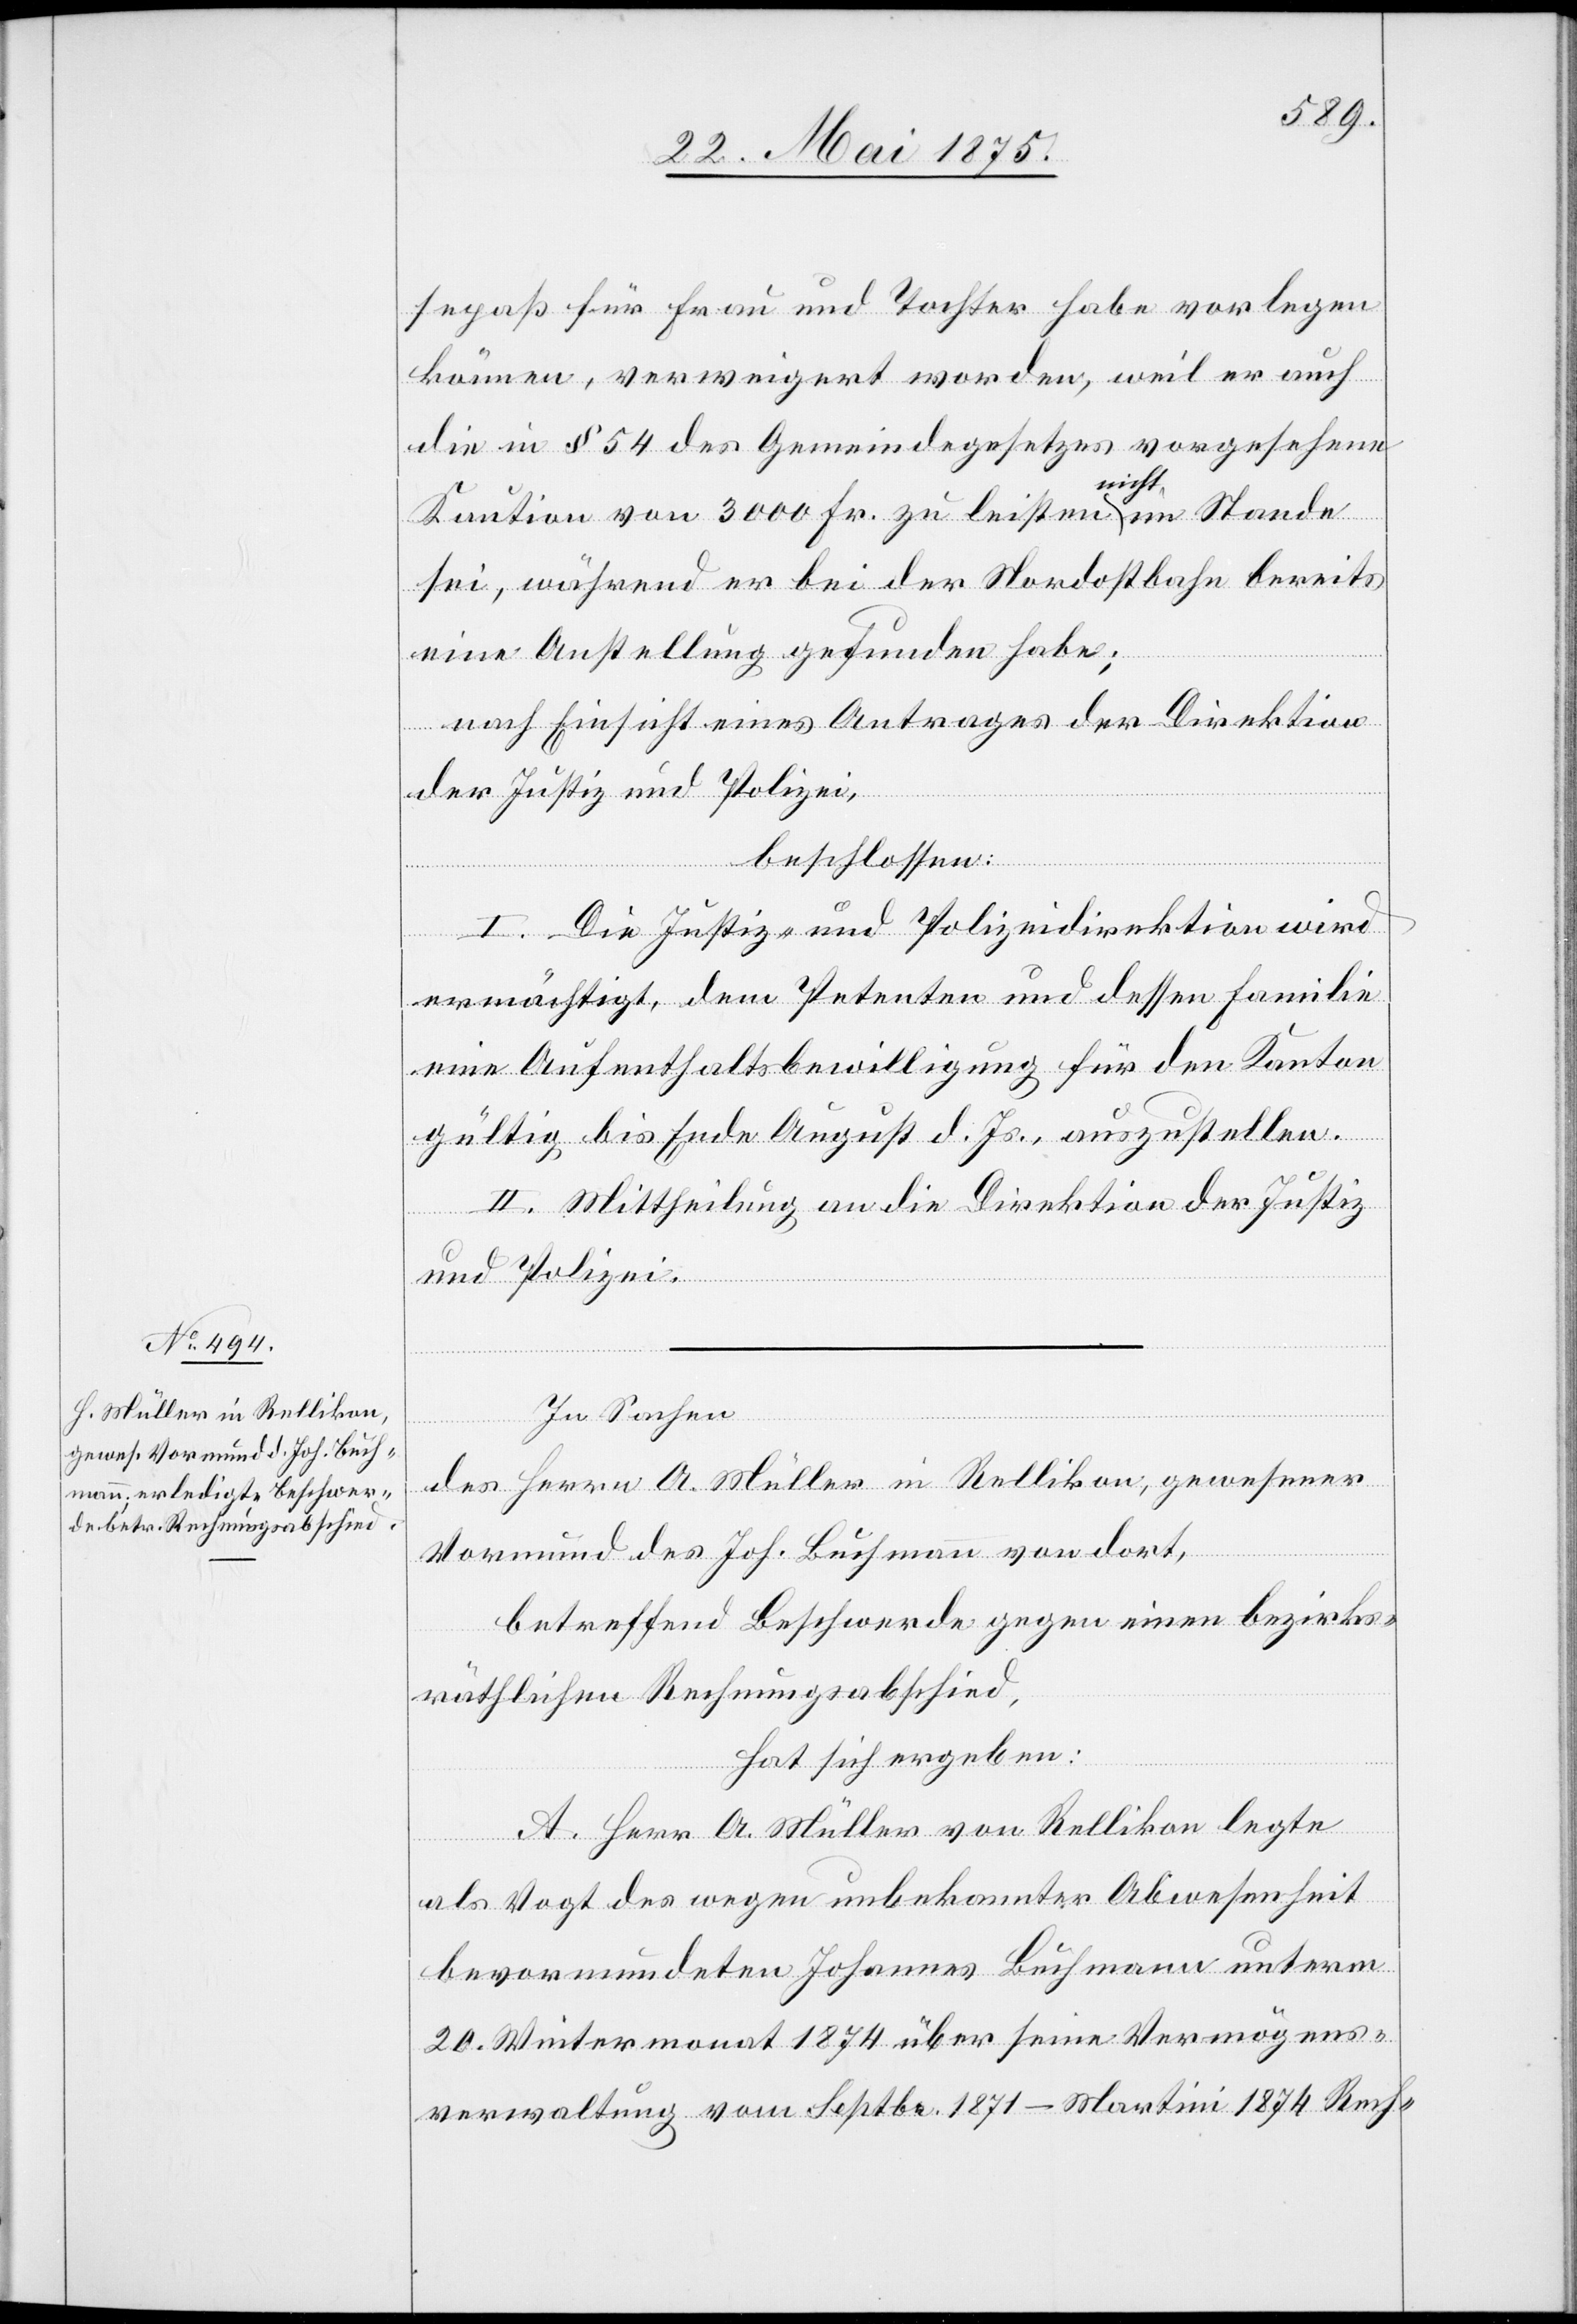
sepass für Frau und Tochter habe vorlegen
können, verweigert worden, weil er auch
die in § 54 des Gemeindegesetzes vorgesehene
Kaution von 3000 Fr. zu leisten a-nicht-a im Stande
sei, während er bei der Nordostbahn bereits
eine Anstellung gefunden habe;
nach Einsicht eines Antrages der Direktion
der Justiz und Polizei,
beschlossen:
I. Die Justiz- und Polizeidirektion wird
ermächtigt, dem Petenten und dessen Familie
eine Aufenthaltsbewilligung für den Kanton
gültig bis Ende August d. Js., auszustellen.
II. Mittheilung an die Direktion der Justiz
und Polizei.
In Sachen
des Herrn A. Müller in Rellikon, gewesener
Vormund des Joh. Buchmann von dort,
betreffend Beschwerde gegen einen bezirks¬
räthlichen Rechnungsabschied,
hat sich ergeben:
A. Herr A. Müller von Rellikon legte
als Vogt des wegen unbekannter Abwesenheit
bevormundeten Johannes Buchmann unterm
20. Wintermonat 1874 über seine Vermögens¬
verwaltung vom Septbr. 1871–Martini 1874 Rech-